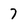
Character: 7